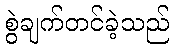
စွဲချက်တင်ခဲ့သည်